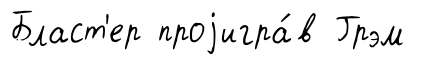
Бласт'ер проjигра́в Грэм